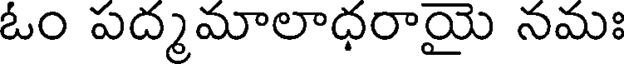
ఓం పద్మమాలాధరాయై నమః